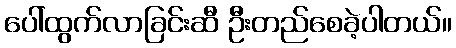
ပေါ်ထွက်လာခြင်းဆီ ဦးတည်စေခဲ့ပါတယ်။